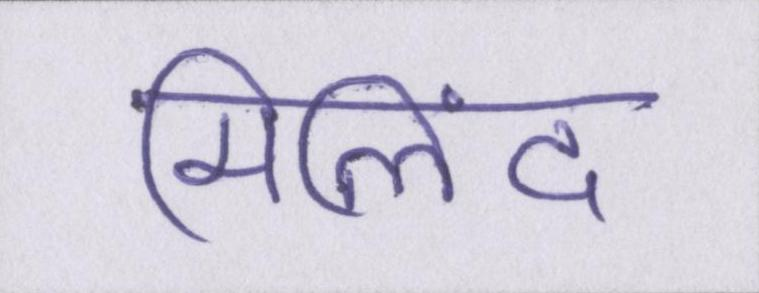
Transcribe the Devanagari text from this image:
मिलिंद